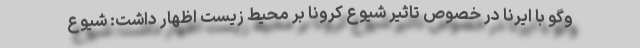
وگو با ایرنا در خصوص تاثیر شیوع کرونا بر محیط زیست اظهار داشت: شیوع